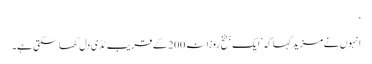
‘
انہوں نے مزید کہا کہ ’ایک بطخ روزانہ200 کے قریب ٹڈی دل کھا سکتی ہے۔